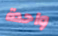
واحدة